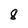
Character: 8